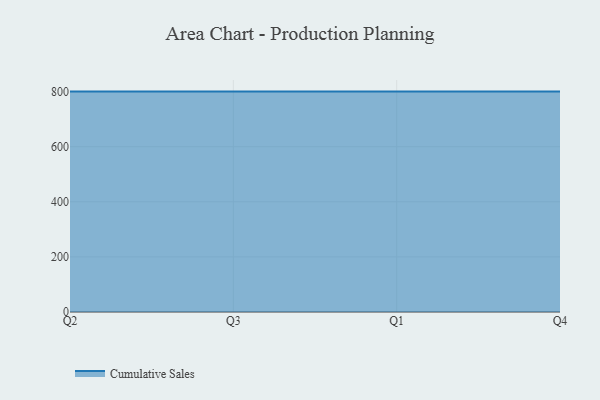
{"axis": {"x": "Quarter", "y": "Backlog"}, "legend": ["Cumulative Sales"], "data": [{"x": "Q2", "y": 800, "type": "Cumulative Sales"}, {"x": "Q3", "y": 800, "type": "Cumulative Sales"}, {"x": "Q1", "y": 800, "type": "Cumulative Sales"}, {"x": "Q4", "y": 800, "type": "Cumulative Sales"}]}